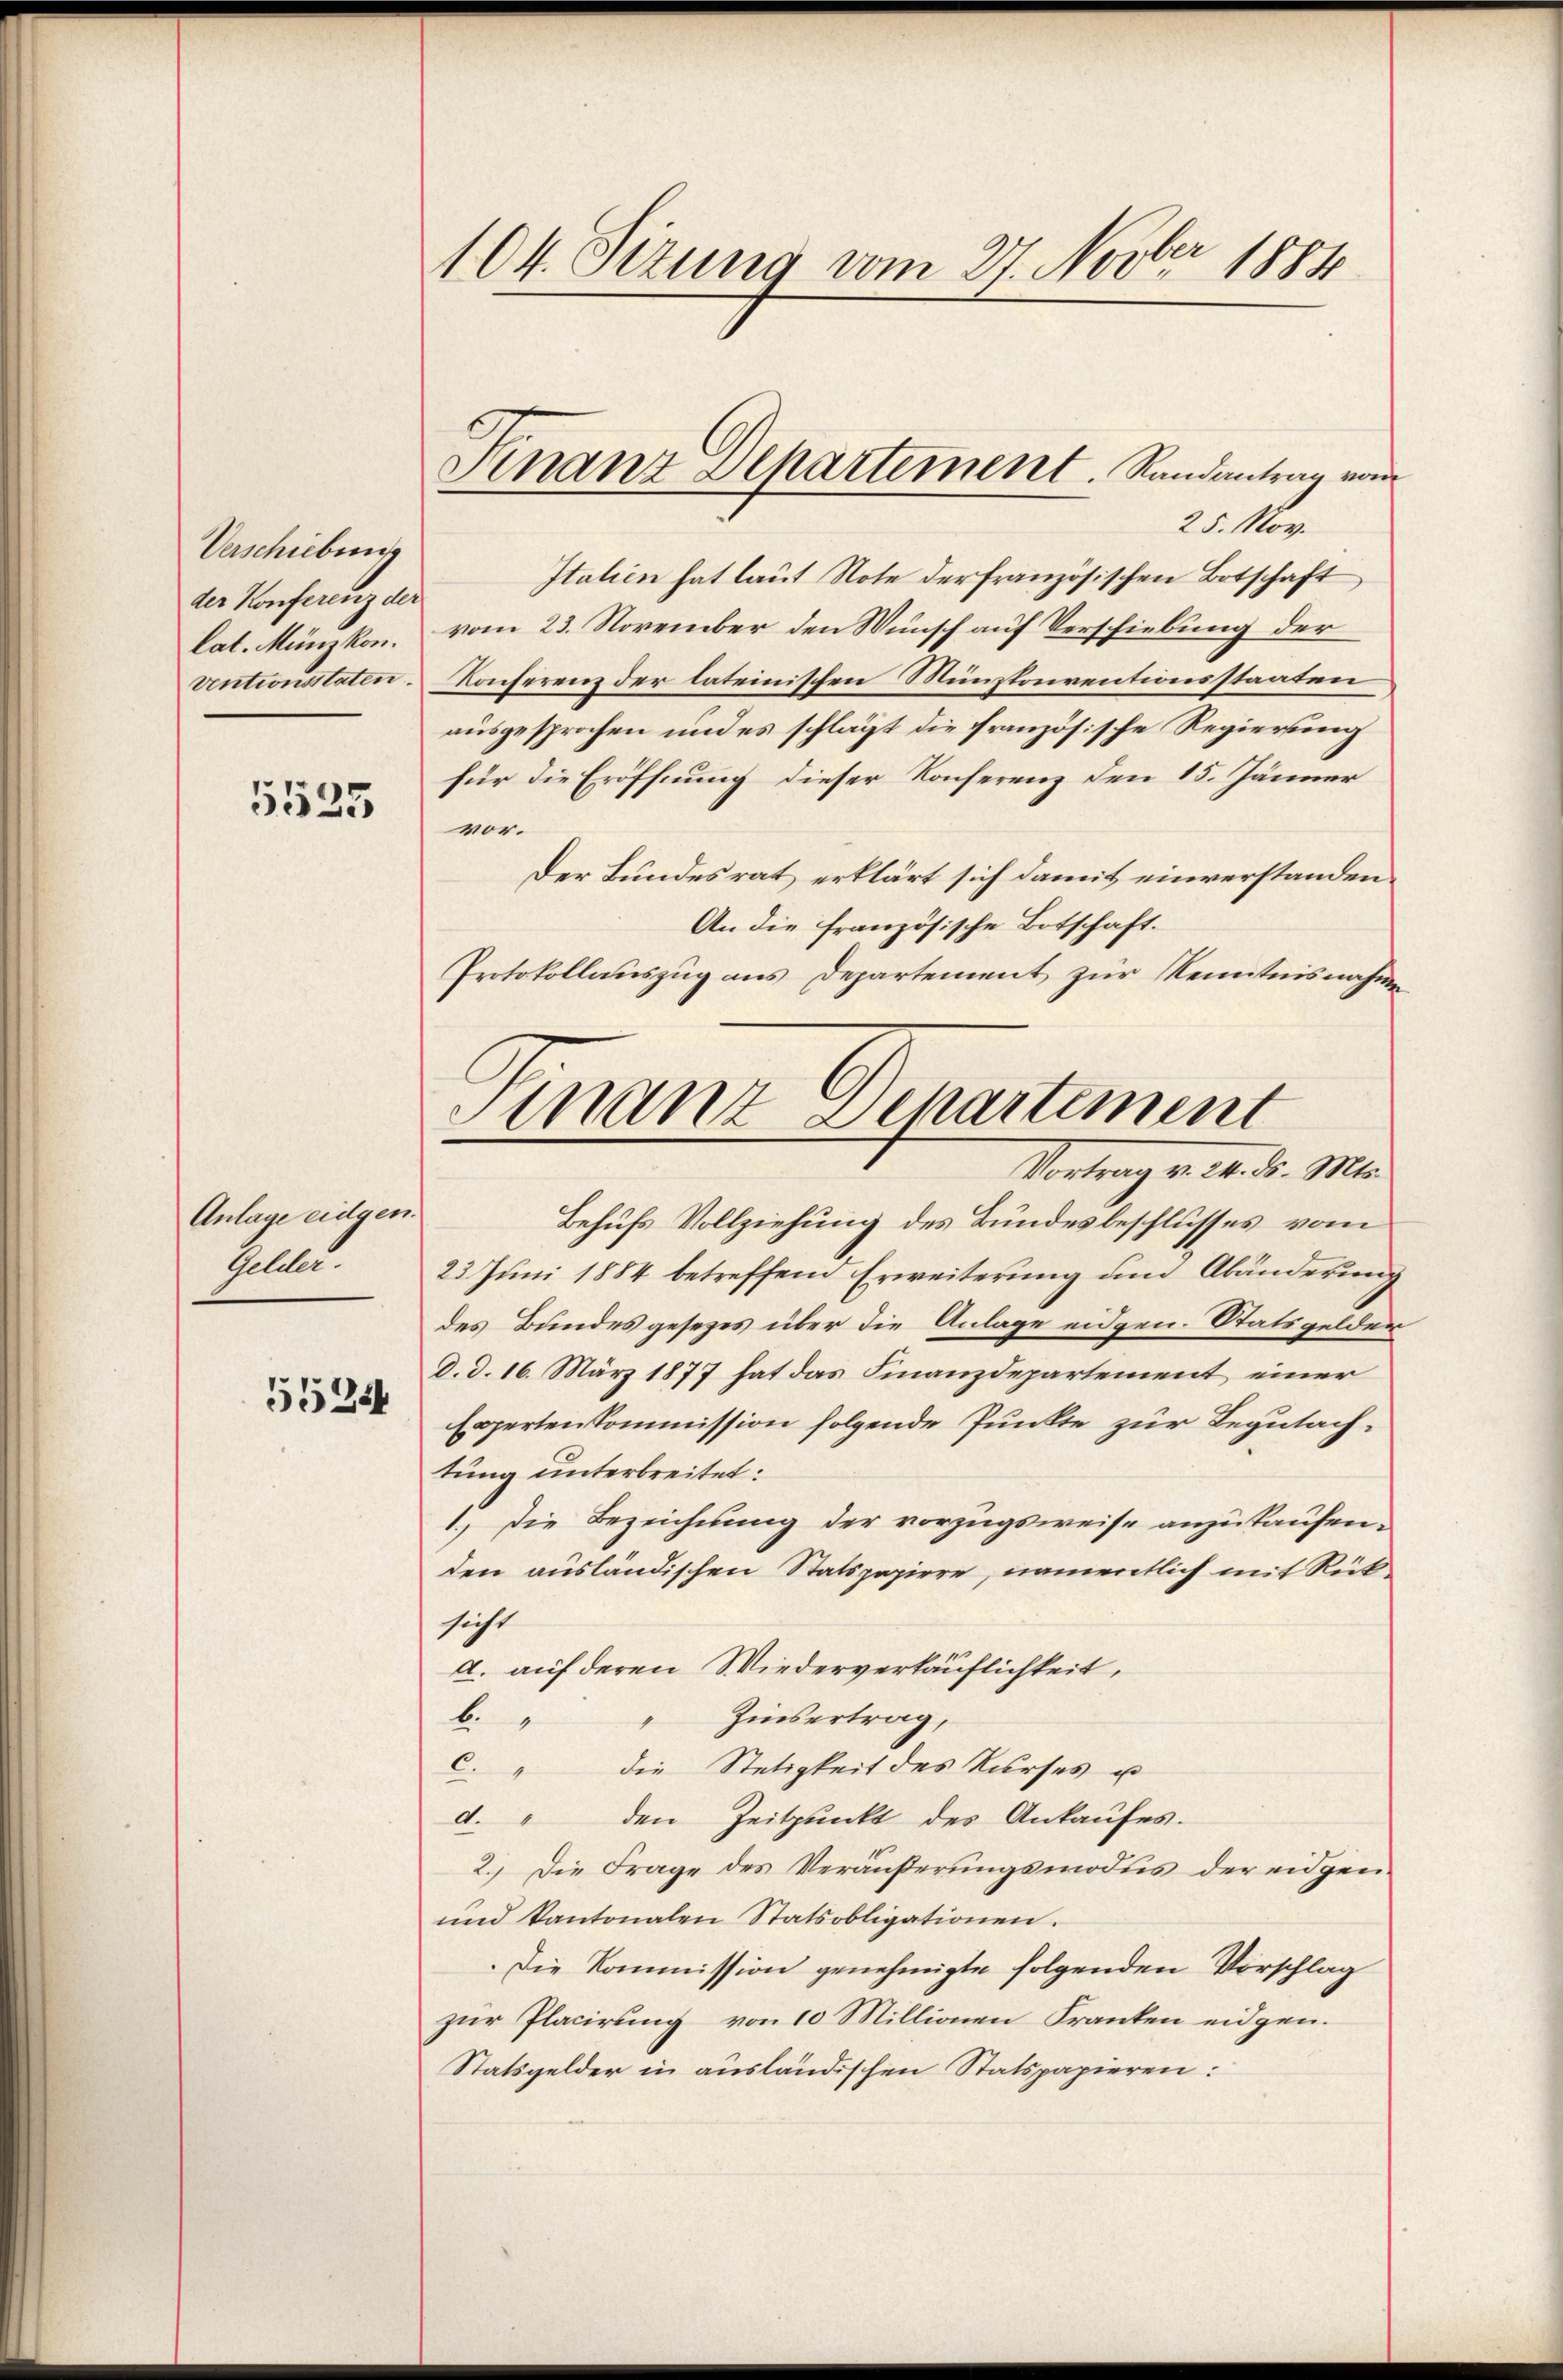
Verschiebung
der Konferenz der
lat. Münzkon.
ventionsstaten.

5525

Anlage eidgen.
Gelder.
5524

104. Sizung vom 27. Novber 1884

Finanz Dehartement. Randantrag von

25. Nov.
Italien hat laut Note der französischen Botschaft
vom 23. November den Wunsch auf Verschiebung der
Konferenz der lateinischen Münzkonventionsstaaten
ausgesprochen und es schlägt die französische Regierung
für die Eröffnung dieser Konferenz den 15. Jänner
vor.
Der Bundesrat erklärt sich damit einverstanden.
An die französische Botschaft.
Protokollauszug aus Departement zur Kenntnisnahme
Behufs Vollziehung des Bundesbeschlusses vom
22 Juni 1884 betreffend Erweiterung und Abänderung
des Bundesgesezes über die Anlage eidgen. Statsgelder
d. d. 16. März 1877 hat das Finanzdepartement einer
Egerten Commission folgende Punkte zur Begutachtung unterbreitet.
1.) Die Bezeichnung der vorzugsweise anzukaufenden ausländischen Statspapiere, namentlich mit Rück
sicht
a. auf deren Wiederverkäuflichkeit,
Zinsertrag,
b
1
C. " die Stetigkeit des Kurses u
d. " den Zeitpunkt des Ankaufes.
2. Die Frage des Veräußerungsmodus der eidgen
und Kantonalen Statsobligationen.
.Die Kommission genehmigte folgenden Vorschlag
zur Placirung von 10 Millionen Franken eidgen.
Statsgelder in ausländischen Statspapieren:

Finanz Separtement
Vortrag v. M. d. Mts.